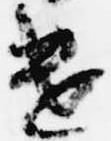
遣